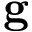
\mathbf { g }